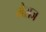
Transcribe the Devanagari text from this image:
मैसज